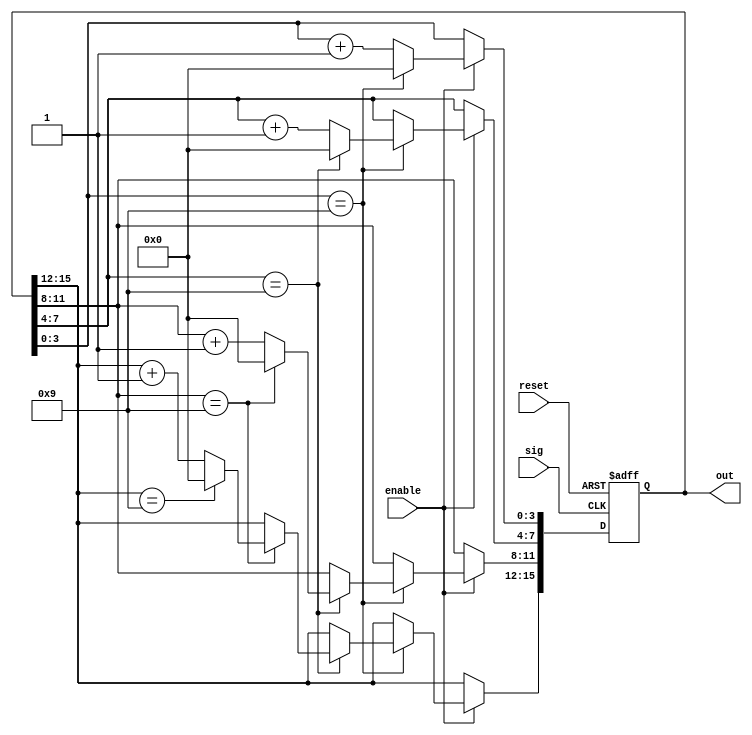
module counter (reset, enable, sig, out);
input reset, enable, sig;
output [15:0] out;

reg [15:0] out;

initial begin
    out <= 16'b0000_0000_0000_0000;
end

always @(negedge reset or posedge sig) begin
    if (~reset)
        out <= 0;
    else if (enable) begin
        if (out[3:0] == 4'b1001) begin
            out[3:0] <= 0;
            if (out[7:4] == 4'b1001) begin
                out[7:4] <= 0;
                if (out[11:8] == 4'b1001) begin
                    out[11:8] <= 0;
                    if (out[15:12] == 4'b1001) begin
                        out[15:12] <= 0;
                    end
                    else begin
                        out[15:12] <= out[15:12] + 1;
                    end
                end
                else begin
                    out[11:8] <= out[11:8] + 1;
                end
            end
            else begin
                out[7:4] <= out[7:4] + 1;
            end
        end
        else begin
            out[3:0] <= out[3:0] + 1;
        end
    end
end

endmodule